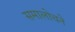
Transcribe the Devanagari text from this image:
समालोचने